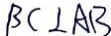
B C \bot A B